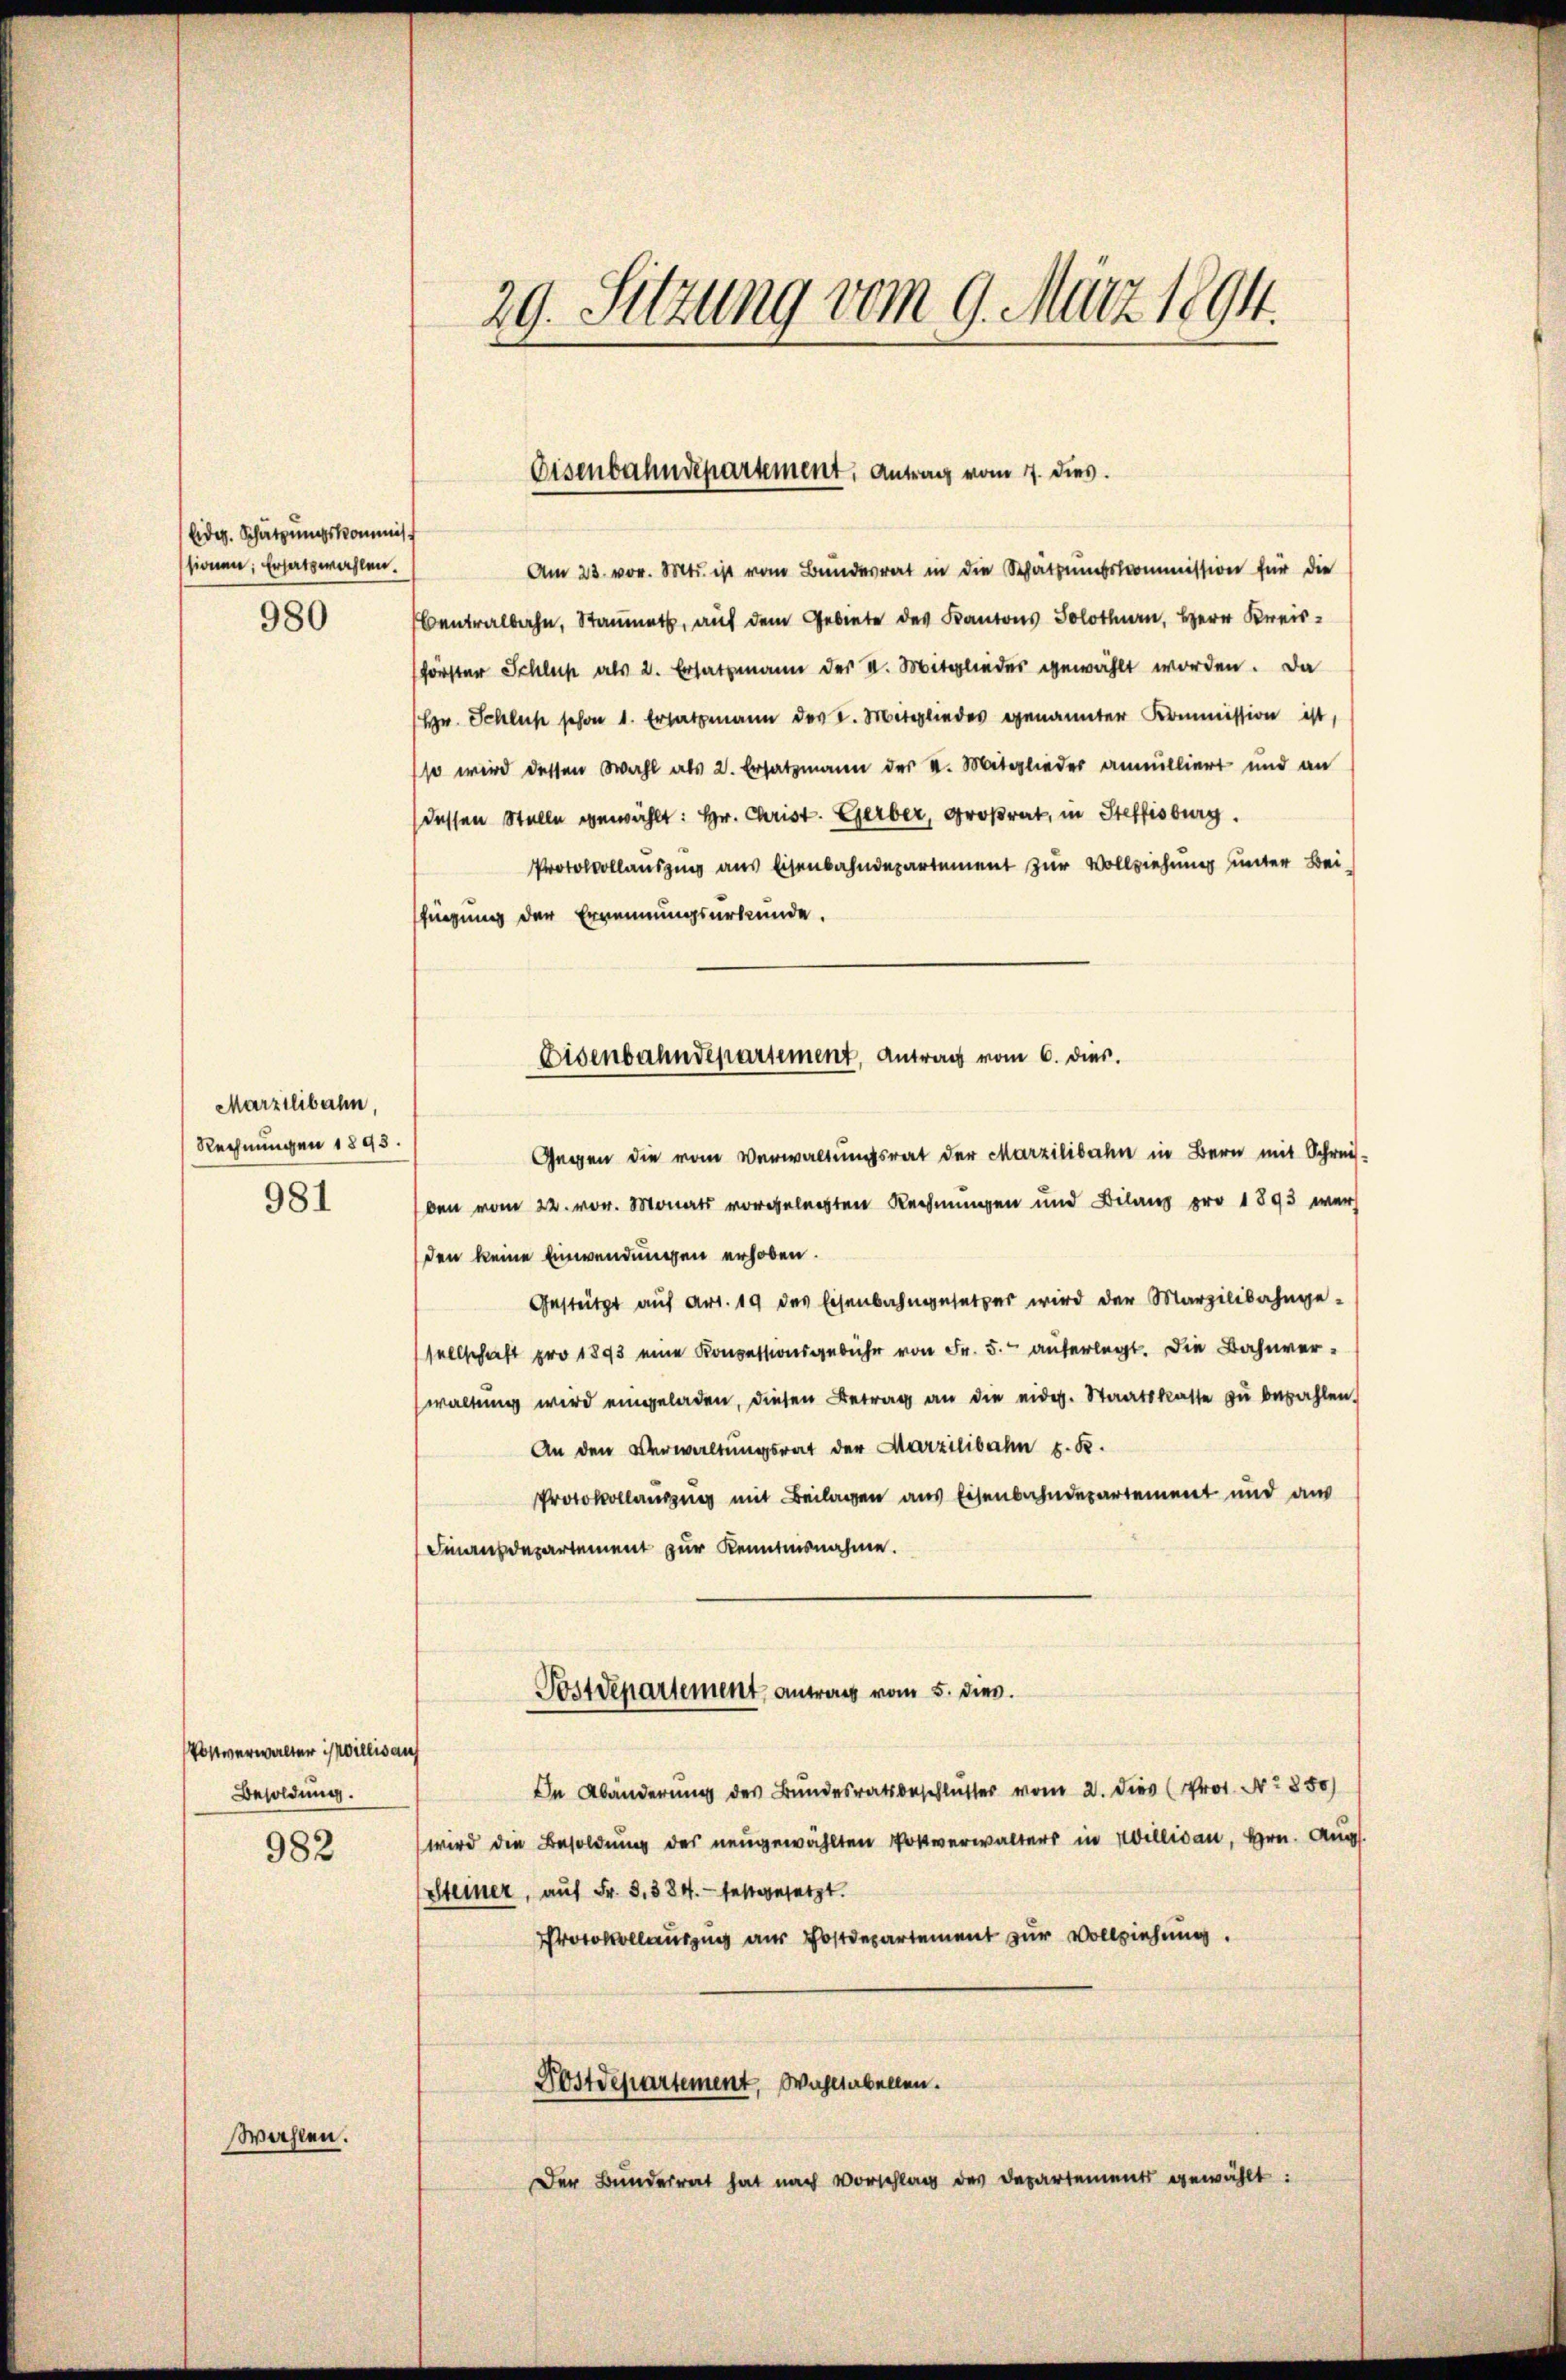
Eidg. Schätzungskommiss
sionen; Ersatzwahlen.
980

Marzilibahn,
Rechnungen 1895.

981

982

Wahlen.

Postverwalter willis au
Besoldung.

29. Sitzung vom 9. März 1894.

Eisenbahndepartement, Antrag vom 7. dies.

Am 23. vor. Mts. ist vom Bundesrat in die Schätzungskommission für die
Centralbahn, Staumes, auf dem Gebiete des Kantons Solothurn, Herr Kreisförster Schluß als 2. Ersatzmann der II. Mitglieder gewählt worden. Da
(Hr. Schluß schon 1. Ersatzmann des I. Mitglieder genannter Kommission ist,
so wird dessen Wahl als 2. Ersatzmann der V. Mitglieder annulliert und an
dessen Stelle gewählt: Hr. Christ. Gerber, Großrat, in Steffisburg.
Protokollauszug aus Eisenbahndepartement zur Vollziehung unter Bei-
fügung der Ernennungsurkunde.
Gegen die vom Verwaltungsrat der Marzilibahn in Bern mit Schreis-
ben vom 22. vor. Monats vorgelegten Rechnungen und Bilanz pro 1893 wurd
den keine Einwendungen erhoben.
Gestützt aŭf Art. 19 des Eisenbahngesetzer wird der Marzilibahnge-
sellschaft pro 1893 eine Koncessionsgebühr von Fr. 5. auferlegt. Die Bahnverwaltung wird eingeladen, diesen Betrag an die eidg. Staatskasse zu bezahlen.
An den Verwaltungsrat der Marzilibahn z. B.
Protokollausung mit Beilagen aus Eisenbahndepartement und aus
Finanzdepartement zur Kenntnisnahme.
Postdepartement antrag vom 5. dies.
In Abänderung des Bundesrathsbeschlusses vom 2. Dies (Pro. No 850)
wird die Besoldung des neugewählten Postverwalters in Willisau, Hrn. Augs
Steiner, auf Fr. 8. 384. festgesetzt.
Protokollauszug aus Postdepartement zur Vollziehung.
Nostdepartement, Wahltabellen.
Der Bunderrat hat nach Vorschlag des Departements gewählt:

Eisenbahndepartement, Antrag vom 6. dies.